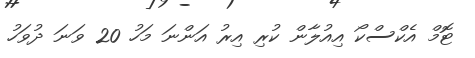
ޓޮމް އެކްސްކޯ އިއުލާން ކުރި އިރު އަންނަ މަހު 20 ވަނަ ދުވަހު